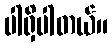
ပါရှိပါတယ်။